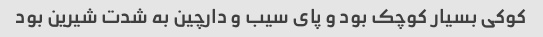
کوکی بسیار کوچک بود و پای سیب و دارچین به شدت شیرین بود